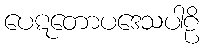
ပေဋတောပဒေသပါဠိ